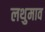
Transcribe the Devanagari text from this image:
लथुमाव